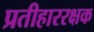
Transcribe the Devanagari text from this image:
प्रतीहाररक्षक